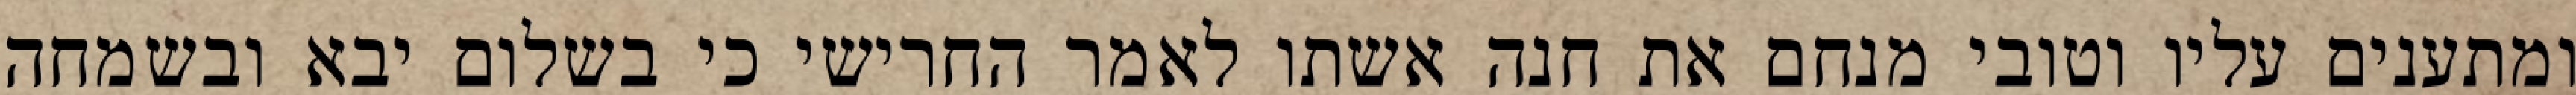
ומתענים עליו וטובי מנחם את חנה אשתו לאמר החרישי כי בשלום יבא ובשמחה